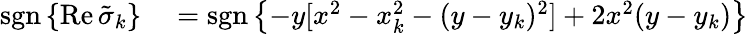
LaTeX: \begin{array}{rl}{\operatorname{sgn}\left\{ \operatorname{Re}\tilde{\sigma}_{k}\right\} }&{{}=\operatorname{sgn}\left\{ -y[x^{2}-x_{k}^{2}-(y-y_{k})^{2}]+2x^{2}(y-y_{k})\right\} }\end{array}